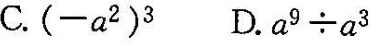
C.(-a^{2})^{3}D.a^{9}÷a^{3}